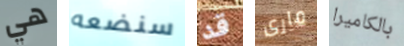
هي سنضعه قد مارى بالكاميرا